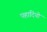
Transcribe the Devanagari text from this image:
पहादियो